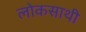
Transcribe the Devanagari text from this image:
लोकसाथी